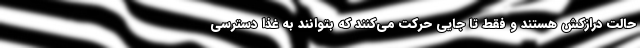
حالت درازکش هستند و فقط تا جایی حرکت می‌کنند که بتوانند به غذا دسترسی